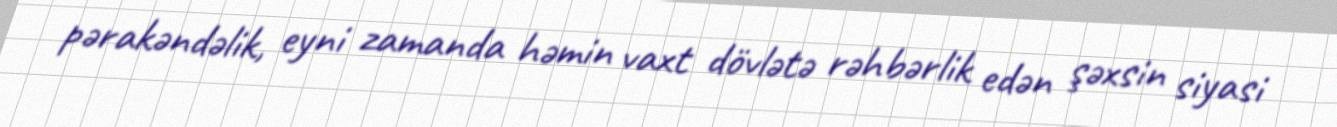
pərakəndəlik, eyni zamanda həmin vaxt dövlətə rəhbərlik edən şəxsin siyasi